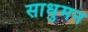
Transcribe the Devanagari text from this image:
साधुमन